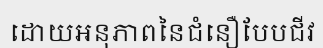
ដោយអនុភាពនៃជំនឿបែបជីវ